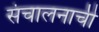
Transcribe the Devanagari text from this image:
संचालनाची